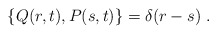
\begin{align*}\left\{Q(r,t),P(s,t)\right\} = \delta(r-s) \; . \end{align*}